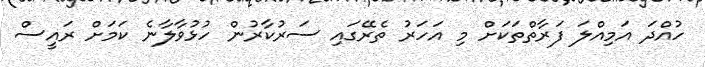
ހުއްދަ އަމިއްލަ ފަރާތްތަކަށް މި އަހަރު ތެރޭގައި ސަރުކާރުން ހުޅުވާލާނެ ކަމަށް ރައީސް